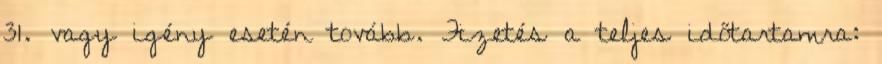
31. vagy igény esetén tovább. Fizetés a teljes időtartamra: